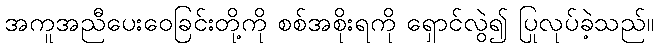
အကူအညီပေးဝေခြင်းတို့ကို စစ်အစိုးရကို ရှောင်လွဲ၍ ပြုလုပ်ခဲ့သည်။